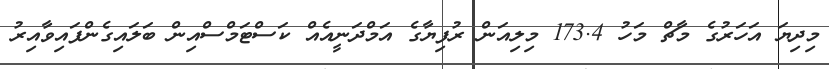
މިދިޔަ އަހަރުގެ މާޗް މަހު 173.4 މިލިއަން ރުފިޔާގެ އަމްދަނީއެއް ކަސްޓަމްސްއިން ބަލައިގެންފައިވާއިރު